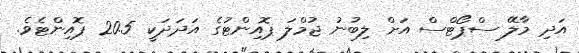
އަދި މާލޭ ސްޕޯޓްސް އަށް ލިބުނު ޖުމްލަ ޕޮއިންޓުގެ އަދަދަކީ 20.5 ޕޮއިންޓެވެ.